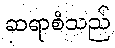
ဆရာစံသည်